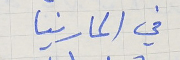
في المارينا